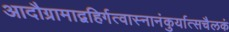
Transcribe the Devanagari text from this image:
आदौग्रामाद्वहिर्गत्वास्नानंकुर्यात्सचैलकं